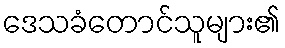
ဒေသခံတောင်သူများ၏